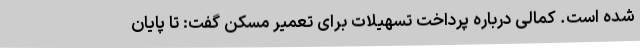
شده است. کمالی درباره پرداخت تسهیلات برای تعمیر مسکن گفت: تا پایان